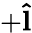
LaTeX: +\mathbf{\hat{l}}